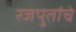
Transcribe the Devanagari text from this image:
रजपुतांचे